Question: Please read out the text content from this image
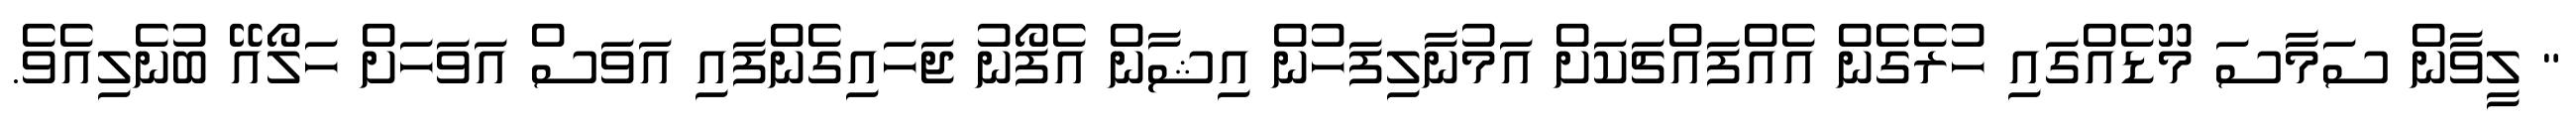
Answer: " ލީވާން ސަމާސަ މޫޑެއްގައި ހުރެގެން އެއްފައްޗަކަށް އަމުނާލިފަހުން އިޝާން އެފޯނު ޖަހައިގެންފައި އަވަސް އަވަހަށް ހަލޯއޭ ބުނެލިއެވެ.